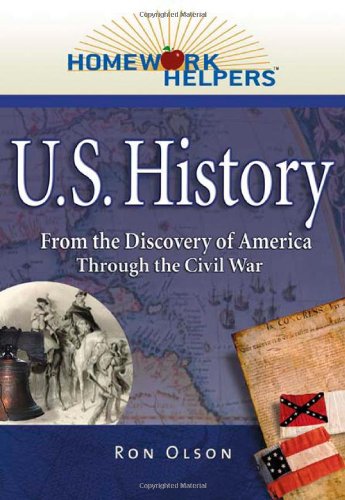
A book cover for Homework Helpers: U.S. History (1492-1865)--From the Discovery of America Through the Civil War (Homework Helpers); Ron Olson; History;